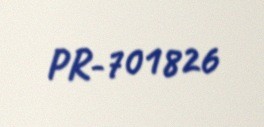
PR-701826